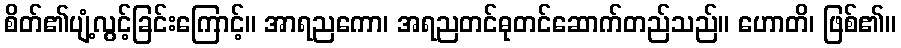
စိတ်၏ပျံ့လွင့်ခြင်းကြောင့်။ အာရညကော၊ အရညတင်ဓုတင်ဆောက်တည်သည်။ ဟောတိ၊ ဖြစ်၏။